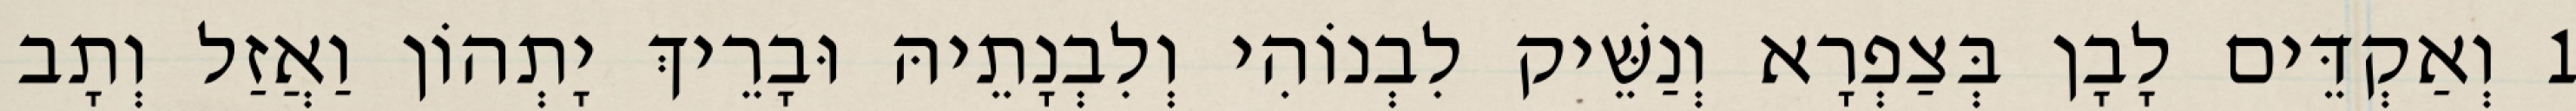
1 וְאַקְדֵּים לָבָן בְּצַפְרָא וְנַשֵּׁיק לִבְנוֹהִי וְלִבְנָתֵיהּ וּבָרֵיךְ יָתְהוֹן וַאֲזַל וְתָב